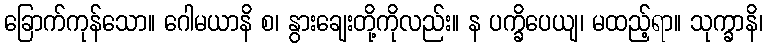
ခြောက်ကုန်သော။ ဂေါမယာနိ စ၊ နွားချေးတို့ကိုလည်း။ န ပက္ခိပေယျ၊ မထည့်ရာ။ သုက္ခာနိ၊